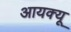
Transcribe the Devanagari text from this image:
आयक्यू